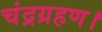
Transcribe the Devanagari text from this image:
चंद्रग्रहण।